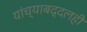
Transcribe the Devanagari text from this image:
यांच्याबद्दलही